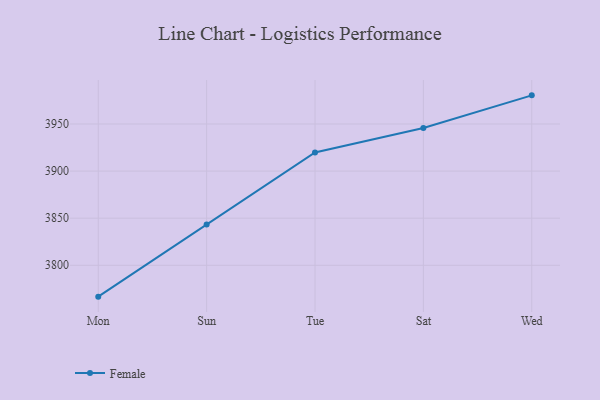
{"axis": {"x": "Day", "y": "Customer Acquisition Cost (USD)"}, "legend": ["Female"], "data": [{"x": "Mon", "y": 3766.7, "type": "Female"}, {"x": "Sun", "y": 3843.4, "type": "Female"}, {"x": "Tue", "y": 3919.8, "type": "Female"}, {"x": "Sat", "y": 3945.7, "type": "Female"}, {"x": "Wed", "y": 3980.4, "type": "Female"}]}